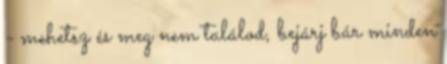
- mehetsz és meg nem találod, bejárj bár minden